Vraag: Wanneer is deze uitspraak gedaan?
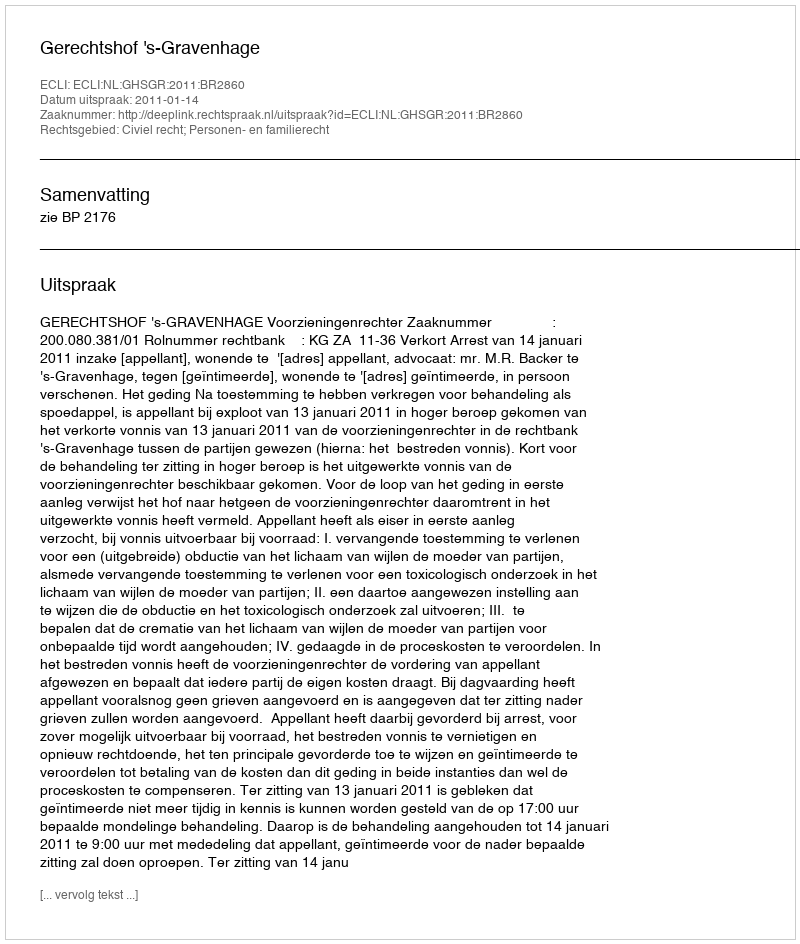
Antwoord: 2011-01-14